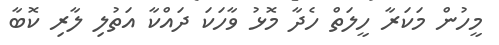
މީހުން މަކަރާ ހީލަތް ހެދާ މޮޅު ވާހަކަ ދައްކާ އަތުލި ލާރި ކޮބާ